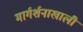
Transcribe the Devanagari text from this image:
मार्गर्शनाखाली